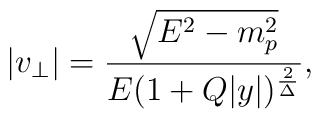
|v_{\perp}|={\sqrt{E^2-m^2_p}\over{E(1+Q|y|)^{2\over\Delta}}},